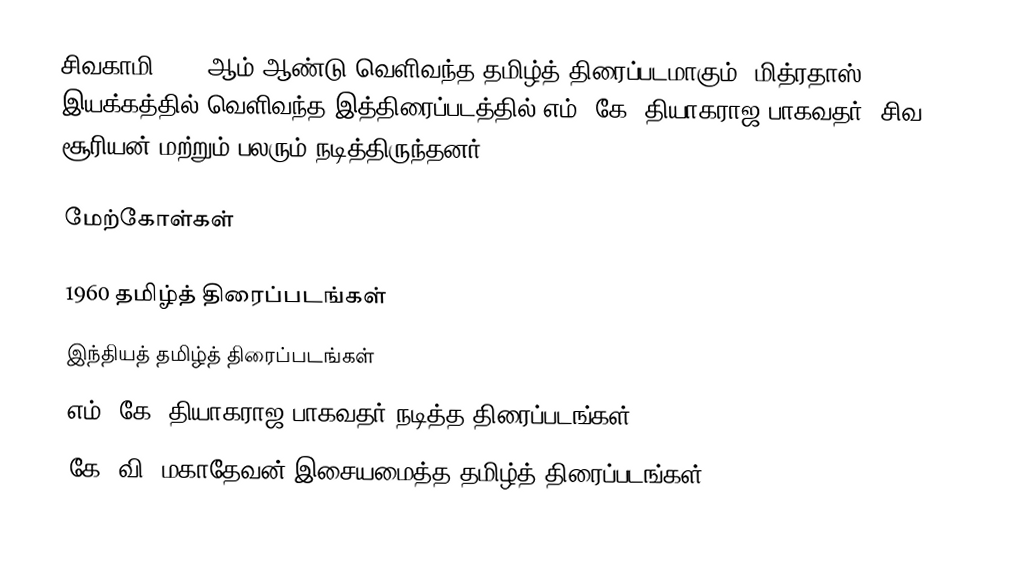
சிவகாமி 1960 ஆம் ஆண்டு வெளிவந்த தமிழ்த் திரைப்படமாகும். மித்ரதாஸ் இயக்கத்தில் வெளிவந்த இத்திரைப்படத்தில் எம். கே. தியாகராஜ பாகவதர், சிவ சூரியன் மற்றும் பலரும் நடித்திருந்தனர்.

மேற்கோள்கள்

1960 தமிழ்த் திரைப்படங்கள்
இந்தியத் தமிழ்த் திரைப்படங்கள்
எம். கே. தியாகராஜ பாகவதர் நடித்த திரைப்படங்கள்
கே. வி. மகாதேவன் இசையமைத்த தமிழ்த் திரைப்படங்கள்